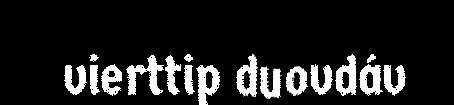
vierttip duovdáv